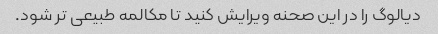
دیالوگ را در این صحنه ویرایش کنید تا مکالمه طبیعی تر شود.